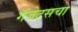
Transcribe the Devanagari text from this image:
गॅजेट्सचा